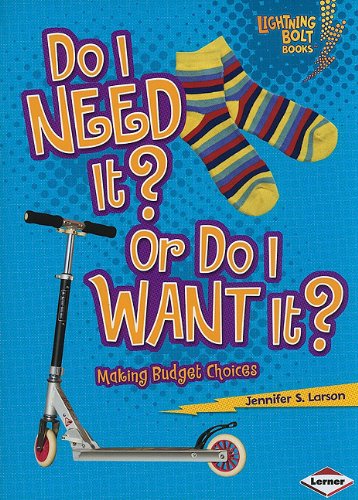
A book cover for Do I Need It? or Do I Want It?: Making Budget Choices (Lightning Bolt Books: Exploring Economics); Jennifer S. Larson; Children's Books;